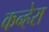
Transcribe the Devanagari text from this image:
कन्हेरा